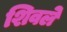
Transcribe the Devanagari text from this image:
शिवले